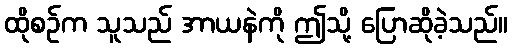
ထိုစဉ်က သူသည် အာယနဲကို ဤသို့ ပြောဆိုခဲ့သည်။